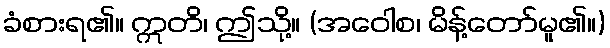
ခံစားရ၏။ ဣတိ၊ ဤသို့။ (အဝေါစ၊ မိန့်တော်မူ၏။)